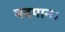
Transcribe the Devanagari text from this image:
मदपान।